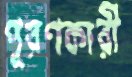
পূরণকারী